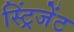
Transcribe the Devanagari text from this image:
स्ट्रिंजेंट